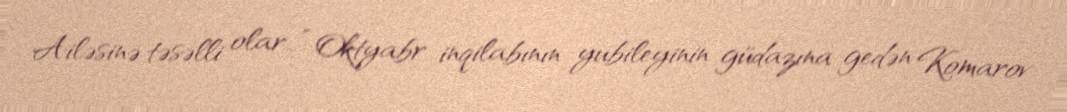
Ailəsinə təsəlli olar…” Oktyabr inqilabının yubileyinin güdazına gedən Komarov